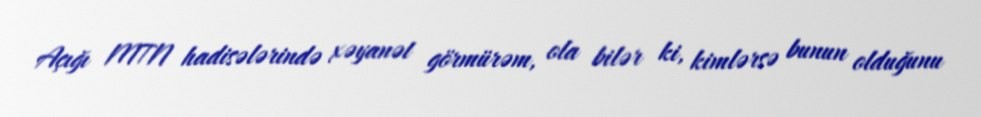
Açığı MTN hadisələrində xəyanət görmürəm, ola bilər ki, kimlərsə bunun olduğunu